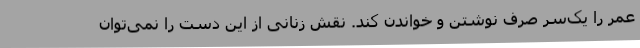
عمر را یک‌سَر صرف نوشتن و خواندن کند. نقش زنانی از این دست را نمی‌توان